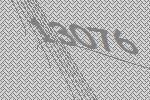
13076